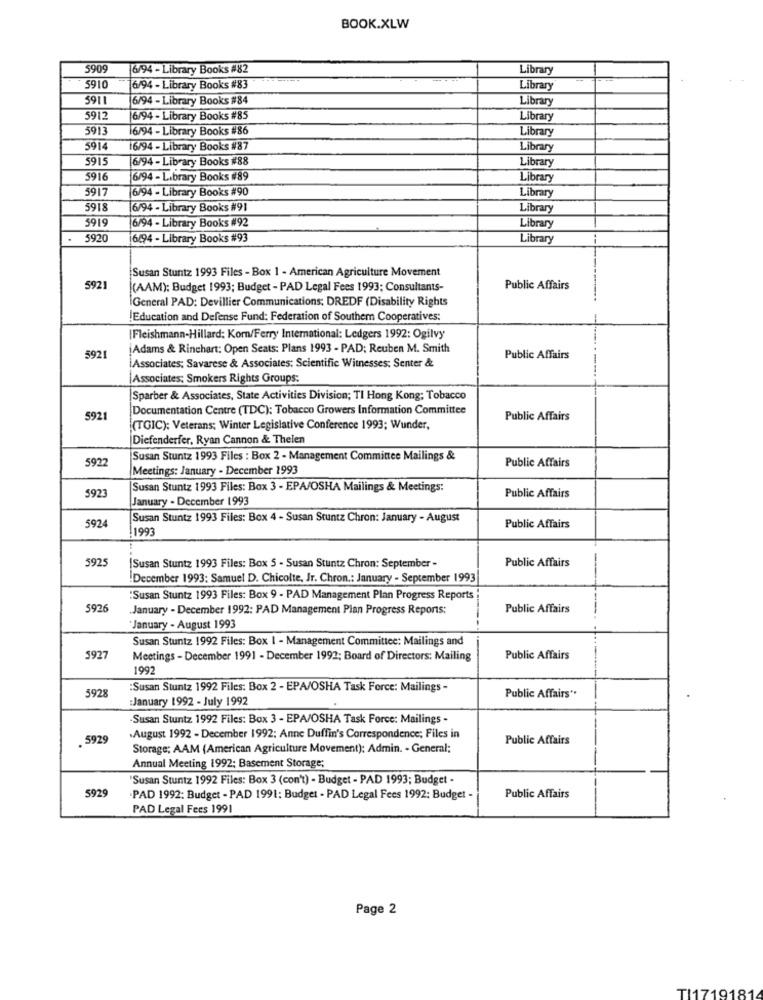
BOOK.XLW
5909
16/94 - Library Books #82
Library
5910
16/94 - Library Books #83
Library
591
6/94 - Library Books #84
Library
5912
6/94 - Library Books #85
Library
5913
6/94 - Library Books #86
Library
5914
16/94 - Library Books #87
Library
5915
6/94 - Library Books #88
Library
5916
6/94 - Library Books #89
Library
5917
6/94 - Library Books #90
Library
5918
6/94 - Library Books #91
Library
5919
6/94 - Library Books #92
Library
5920
6/94 - Library Books #93
Library
Susan Stuntz 1993 Files - Box 1 - American Agriculture Movement
5921
(AAM): Budget 1993; Budget - PAD Legal Fees 1993; Consultants-
Public Affairs
iGeneral PAD: Devillier Communications; DREDF (Disability Rights
!Education and Defense Fund: Federation of Southem Cooperatives:
|Fleishmann-Hillard: Korn/Ferry International: Ledgers 1992: Ogilvy
Adams & Rinchart: Open Seats: Plans 1993 - PAD; Reuben M. Smith
592
Public Affairs
Associates; Savarese & Associates: Scientific Witnesses: Senter &
Associates; Smokers Rights Groups:
Sparber & Associates, State Activities Division; TI Hong Kong; Tobacco
Documentation Centre (TDC): Tobacco Growers Information Committee
5921
Public Affairs
(TGIC): Veterans; Winter Legislative Conference 1993; Wunder,
Diefenderfer, Ryan Cannon & Thelen
5922
Susan Stuntz 1993 Files : Box 2 - Management Committee Mailings &
Public Affairs
Meetings: January - December 1993
592:
Susan Stuntz 1993 Files: Box 3 - EPA/OSHA Mailings & Meetings:
January - December 1993
Public Affairs
5924
Susan Stuntz 1993 Files: Box 4 - Susan Stuntz Chron: January - August
1993
Public Affairs
5925
Public Affairs
[Susan Stuntz 1993 Files: Box 5 - Susan Stuntz Chron: September -
December 1993: Samuel D. Chicolte, Jr. Chron .: January - September 1993
:Susan Stuntz 1993 Files: Box 9 - PAD Management Plan Progress Reports
5926
January - December 1992: PAD Management Plan Progress Reports:
Public Affairs
January - August 1993
Susan Stuntz 1992 Files: Box 1 - Management Committee: Mailings and
5927
Meetings - December 1991 - December 1992; Board of Directors: Mailing
Public Affairs
1992
:Susan Stuntz 1992 Files: Box 2 - EPA/OSHA Task Force: Mailings -
5928
:January 1992 - July 1992
Public Affairs **
Susan Stuntz 1992 Files: Box 3 - EPA/OSHA Task Force: Mailings -
.5929
.August 1992 - December 1992: Anne Duffin's Correspondence; Files in
Public Affairs
Storage; AAM (American Agriculture Movement): Admin. - General:
Annual Meeting 1992; Basement Storage;
"Susan Stuntz 1992 Files: Box 3 (con't) - Budget - PAD 1993; Budget -
5929
.PAD 1992: Budget - PAD 1991: Budget - PAD Legal Fees 1992: Budget -
Public Affairs
PAD Legal Fees 1991
Page 2
TI1719181